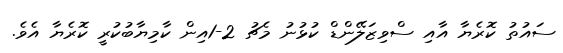
ސައުތު ކޮރެޔާ އާއި ސްވިޒަލޭންޑް ކުޅުނު މެޗު 2-1އިން ކާމިޔާބުކުރީ ކޮރެޔާ އެވެ.